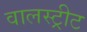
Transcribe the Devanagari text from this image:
वालस्ट्रीट